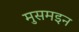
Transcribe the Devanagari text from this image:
मुसमइन